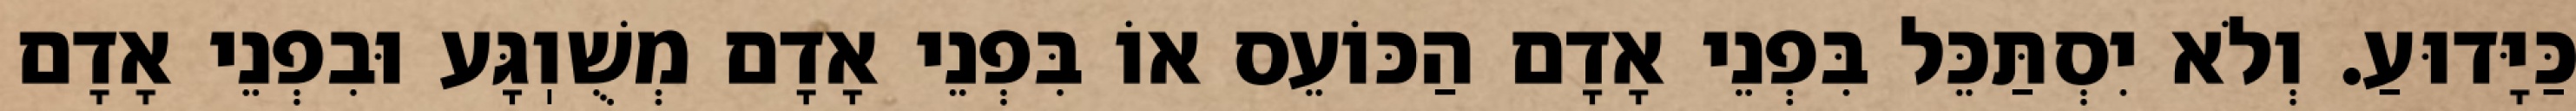
כַּיָּדוּעַ. וְלֹא יִסְתַּכֵּל בִּפְנֵי אָדָם הַכּוֹעֵס אוֹ בִּפְנֵי אָדָם מְשֻׁוֽגָּע וּבִפְנֵי אָדָם